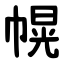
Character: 幌